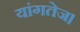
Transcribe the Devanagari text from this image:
यांगतेज।